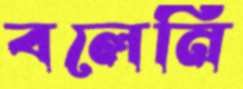
বলেনি